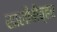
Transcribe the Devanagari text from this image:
सालीबीव्हर